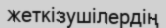
жеткізушілердің